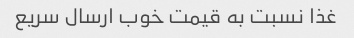
غذا نسبت به قیمت خوب ارسال سریع